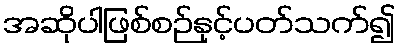
အဆိုပါဖြစ်စဉ်နှင့်ပတ်သက်၍